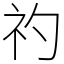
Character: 礿